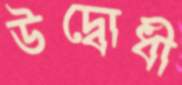
উদ্বোধী